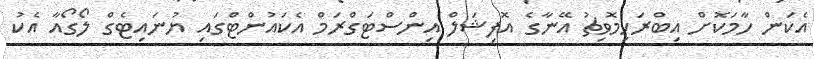
އެކަން ހާމަކޮށް އިބްރަހިމޮވިޗު އޭނާގެ އޮފިޝަލް އިންސްޓަގްރަމް އެކައުންޓްގައި ޔުނައިޓެގް ލޯގޯއާ އެކު